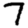
Digit: 7